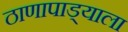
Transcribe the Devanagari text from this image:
ठाणापाड्याला